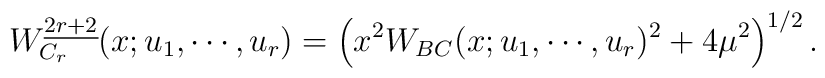
W_{C_{r}}^{\underline{2r+2}}(x;u_{1}, \cdots, u_{r}) =\left(x^{2}W_{BC}(x;u_{1}, \cdots, u_{r})^{2}+4\mu^{2}\right)^{1/2}.